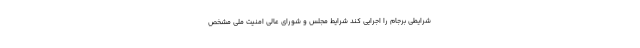
شرایطی برجام را اجرایی کند شرایط مجلس و شورای عالی امنیت ملی مشخص